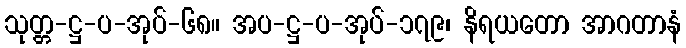
သုတ္တ-ဋ္ဌ-ပ-အုပ်-၆၈။ အပ-ဋ္ဌ-ပ-အုပ်-၁၇၉၊ နိရယတော အာဂတာနံ